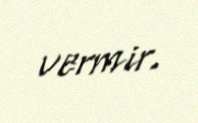
vermir.